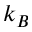
k _ { B }